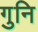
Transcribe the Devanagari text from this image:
गुनि